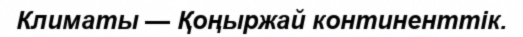
Климаты — Қоңыржай континенттік.